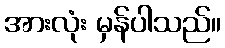
အားလုံး မှန်ပါသည်။